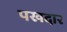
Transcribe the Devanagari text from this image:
पखदार